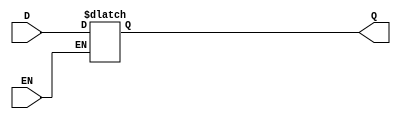
module asynchronous_gated_latch (
    input wire D,      // Data Input
    input wire EN,     // Enable Signal
    output reg Q       // Output
);

// Always block to implement the gated latch functionality
always @(*) begin
    if (EN) begin
        Q = D;  // When EN is high, Q follows D
    end
    // When EN is low, Q retains its last state (no assignment needed)
end

endmodule